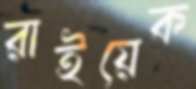
রাইয়েক